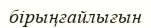
бірыңғайлығын